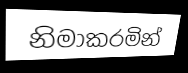
නිමාකරමින්